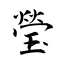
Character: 瑩